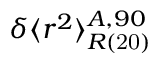
\delta \langle r ^ { 2 } \rangle _ { R \mathrm { ( 2 0 ) } } ^ { A , 9 0 }